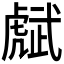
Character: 𧇭